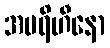
အပရိဟီနော